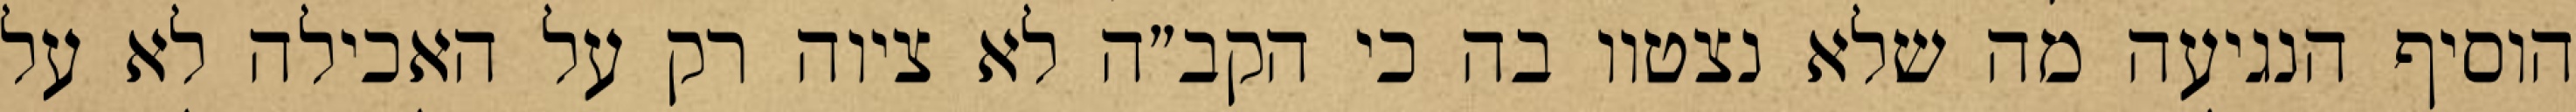
הוסיף הנגיעה מה שלא נצטוו בה כי הקב״ה לא ציוה רק על האכילה לא על